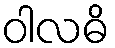
ဝါလဓိ